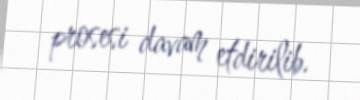
prosesi davam etdirilib.